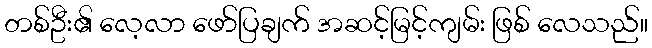
တစ်ဦး၏ လေ့လာ ဖော်ပြချက် အဆင့်မြင့်ကျမ်း ဖြစ် လေသည်။